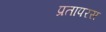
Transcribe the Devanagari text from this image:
प्रतापरस